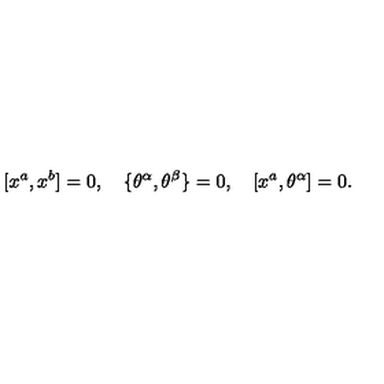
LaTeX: \lbrack x ^ { a } , x ^ { b } ] = 0 , \quad \{ \theta ^ { \alpha } , \theta ^ { \beta } \} = 0 , \quad [ x ^ { a } , \theta ^ { \alpha } ] = 0 .